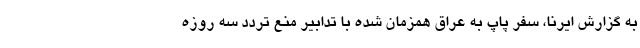
به گزارش ایرنا، سفر پاپ به عراق همزمان شده با تدابیر منع تردد سه روزه